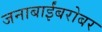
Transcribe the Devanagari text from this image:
जनाबाईंबरोबर